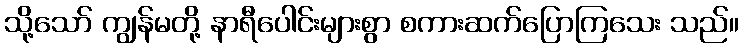
သို့သော် ကျွန်မတို့ နာရီပေါင်းများစွာ စကားဆက်ပြောကြသေး သည်။